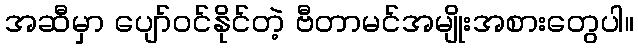
အဆီမှာ ပျော်ဝင်နိုင်တဲ့ ဗီတာမင်အမျိုးအစားတွေပါ။